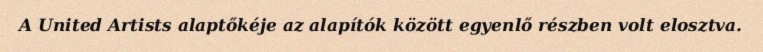
A United Artists alaptőkéje az alapítók között egyenlő részben volt elosztva.